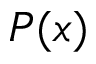
P ( x )